Annual administration report of the Civil Veterinary Department of India - 1894-1895
Year: 1894
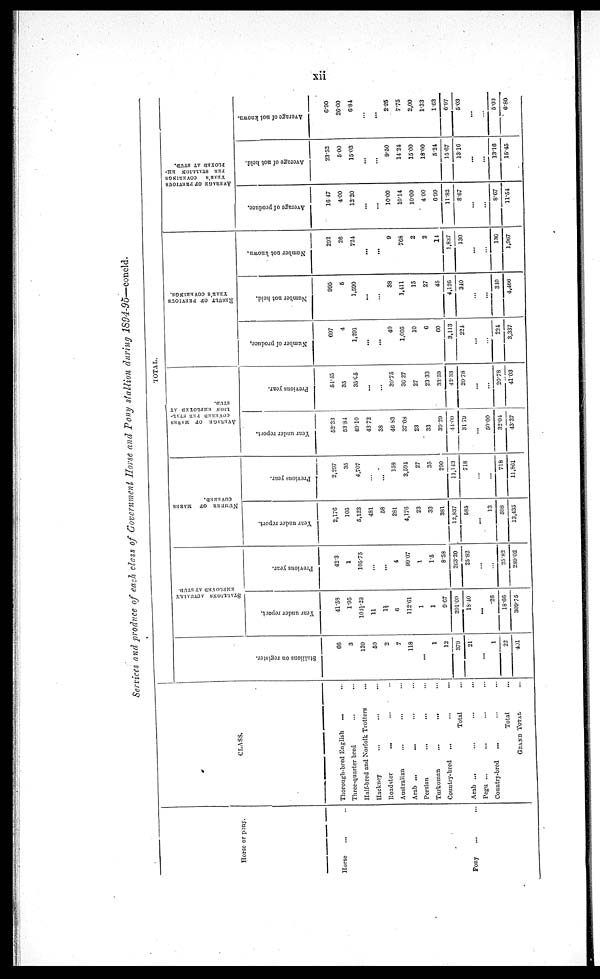
xii
Services and produce of each class of Government Horse and Pony stallion during 1894-95—concld.
Horse or pony.
Horse ... ...
Pony
...
CLASS.
Thorough-bred English
... ...
Three-quarter bred ... ...
Half-bred and Norfolk Trotters ...
Hackney ... ... ...
Roadster ... ... ...
Australian ... ... ...
Arab ... ... ... ...
Persian
...
...
...
...
Turkoman
...
...
...
...
Country-bred ... ... ...
Total ...
Arab ... ... ... ...
Pegu ... ... ... ...
Country-bred ... ... ...
Total ...
GRAND TOTAL ...
TOTAL.
Stallions on register.
66
3
120
50
2
7
118
...
1
12
379
21
...
1
22
491
STALLIONS ACTUALLY
EMPLOYED
AT STUD.
Year under report.
41.58
1.95
104½.28
11
1½
6
112.61
1
1
9.67
291.09
18.40
...
.28
18.66
309.75
Previous year.
42.3
1
105.75
...
...
4
99.07
1
1.5
8.58
263.20
25.82
...
...
25.82
289 02
NUMBER OF MARES
Year under report.
2,176
105
5,123
481
58
281
4,176
23
33
381
12,837
585
...
13
598
13,435
Previous year.
2,297
35
4,707
...
...
158
3,594
27
35
290
11,143
718
...
...
718
11,861
AVERAGE
OF MARES
COVERED PER STAL-
LION EMPLOYED AT
STUD.
Year under report.
52.33
53.84
49.10
43.72
38
46.83
37.08
23
33
39.29
44.09
31.79
...
50.00
32.04
43.37
Previous year.
54.45
35
35.05
...
...
39.75
36.27
27
23.33
33.59
42.33
20.78
...
...
20.78
41.03
Number of produce.
697
4
1,291
...
...
40
1,005
10
6
60
3,113
224
...
...
224
3,337
RESULT OF PREVIOUS
YEAR'S COVERINGS.
Number not held.
995
5
1,590
...
...
38
1,411
15
27
45
4,126
340
...
...
340
4,466
Number not known.
292
26
724
...
...
9
768
2
2
14
1,837
130
...
...
130
1,967
AVERAGE OF PREVIOUS
YEAR'S
COVERINGS
PER
STALLION EM¬
PLOYED
AT STUD.
Average of produce.
16.47
4.00
12.20
...
...
10.00
10.14
10.00
4.00
6.99
11.82
8.67
...
...
8.67
11.54
Average of not held.
23.52
5.00
15.03
...
...
9.50
14.24
15.00
18.00
5.24
15.67
13.16
...
...
13.16
15.45
Average of not known.
6.90
26.00
6.84
...
...
2.25
7.75
2.00
1.33
1.63
6.97
5.03
...
...
5.03
6.80